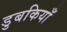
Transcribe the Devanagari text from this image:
डुबकियाँ